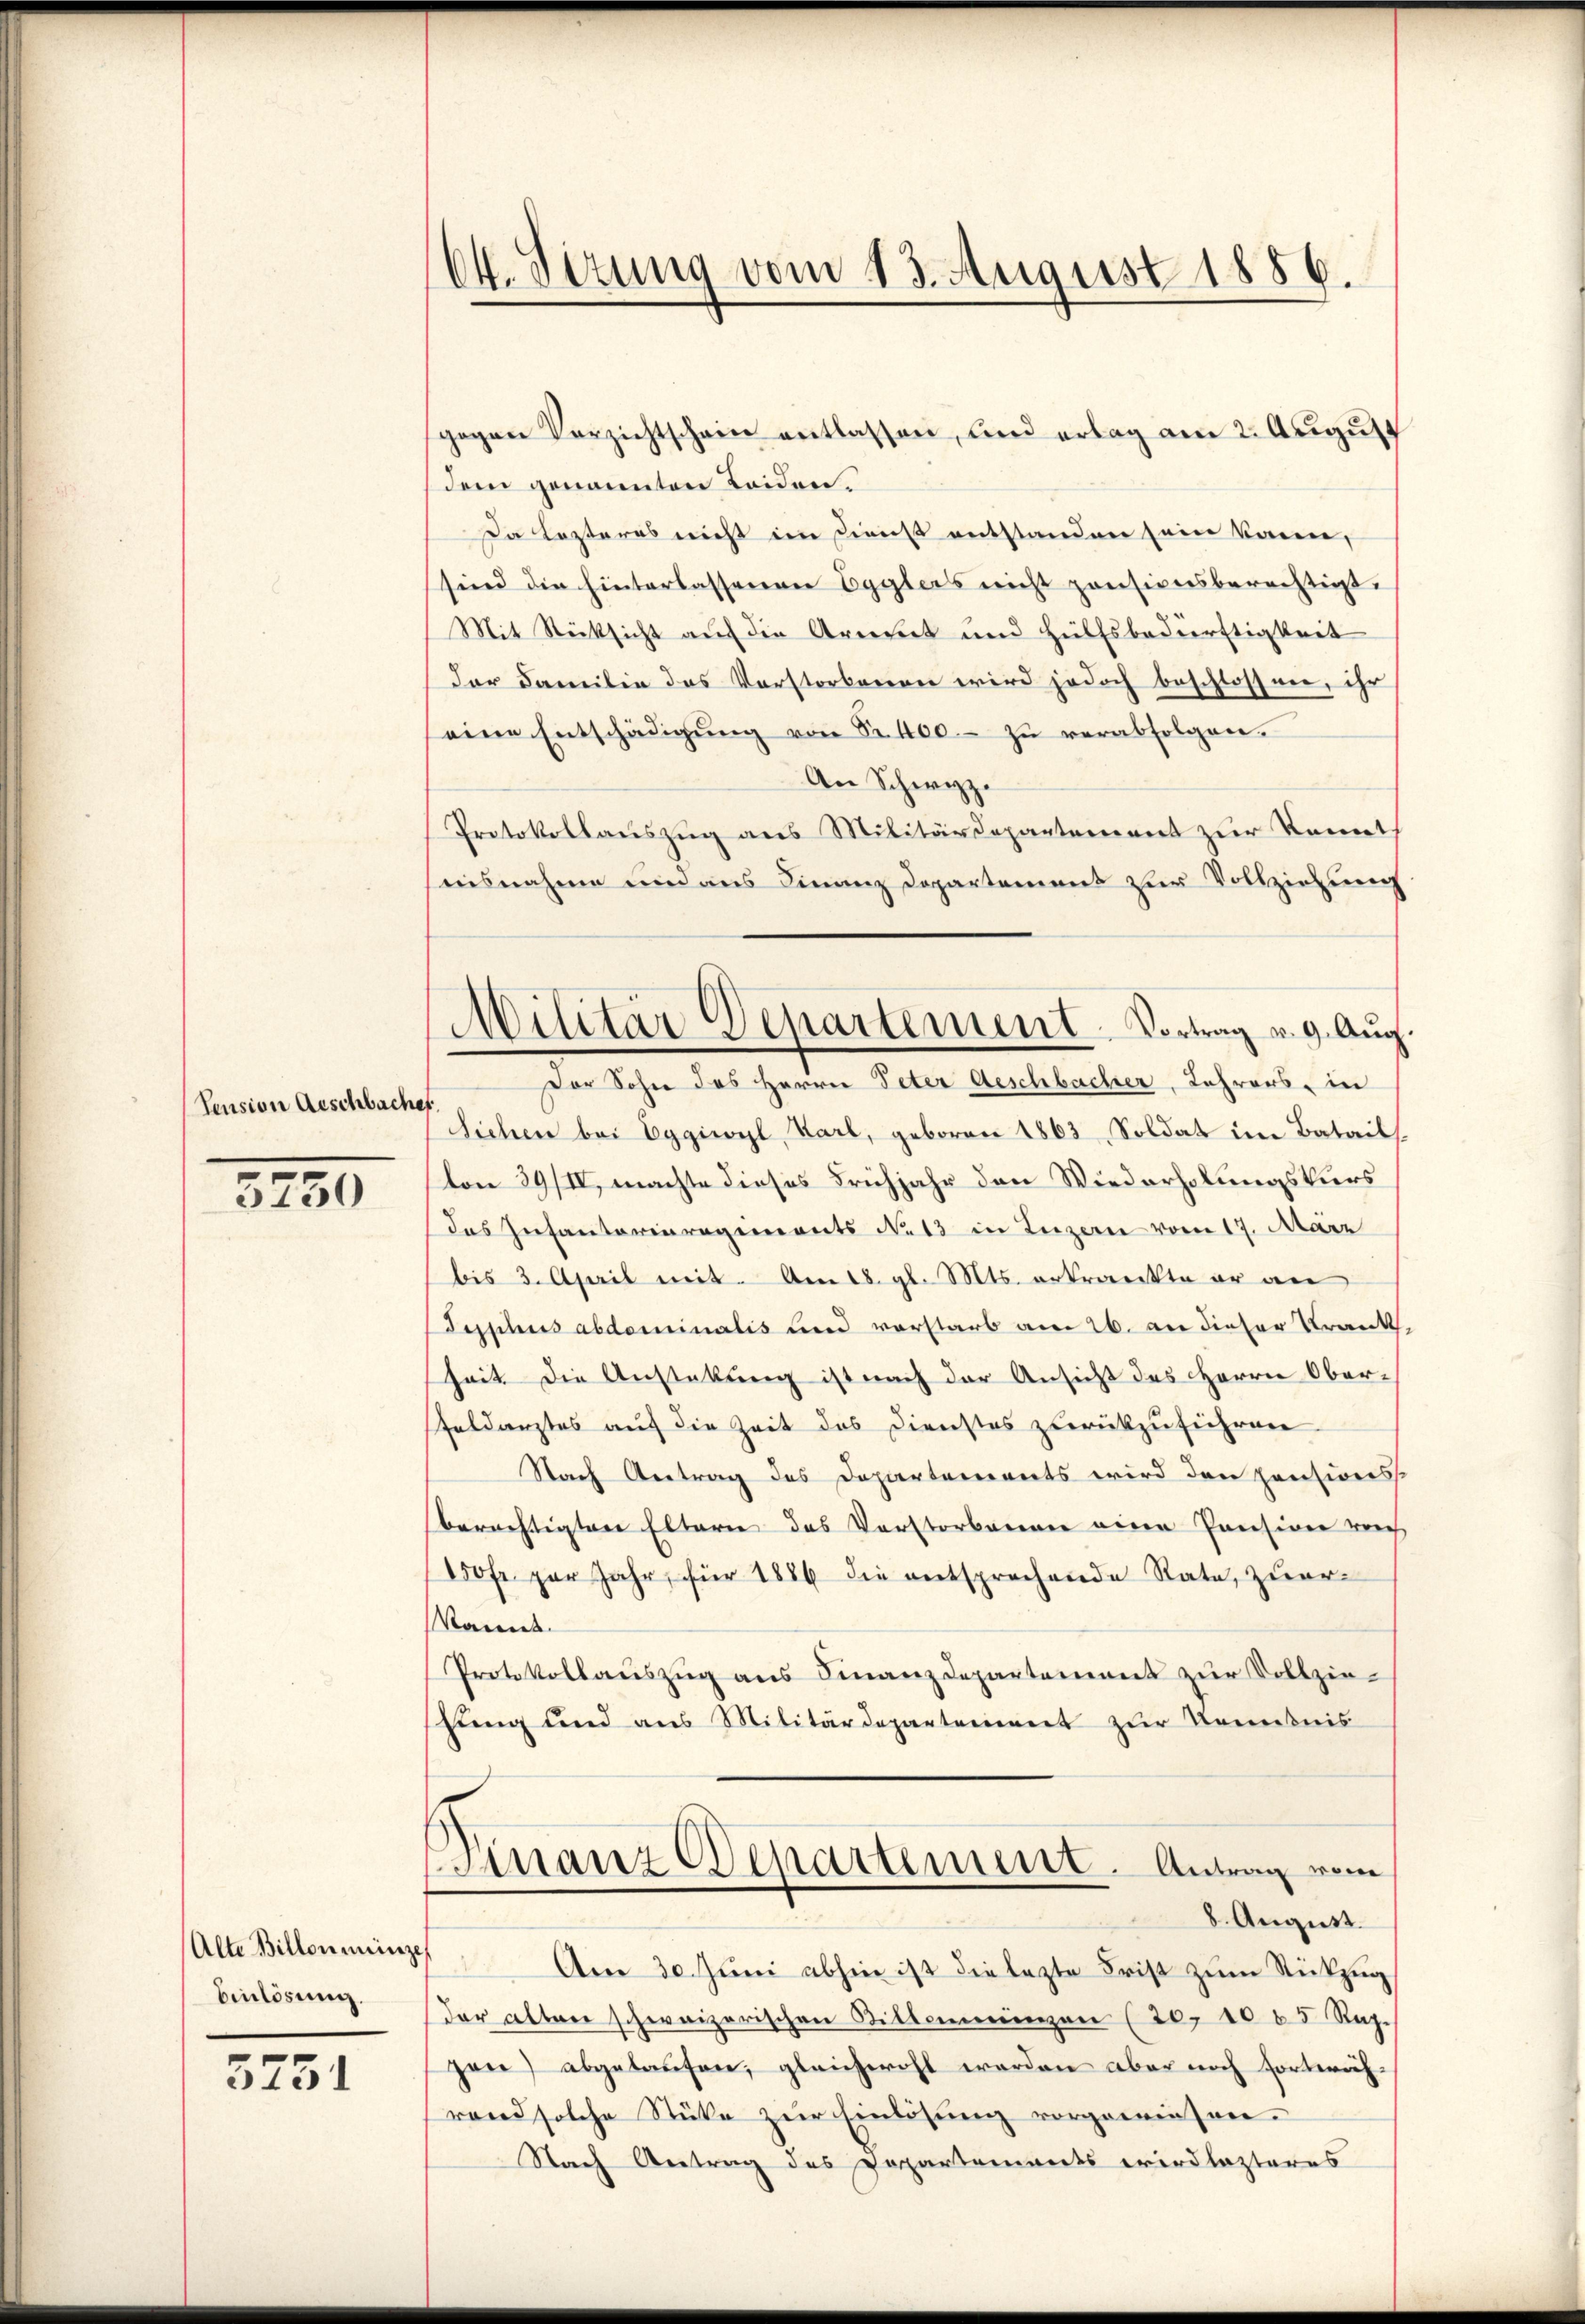
Pension Aeschbache.

3155

Einlösung.

3751

64. Situng vom 13. August 1886.

gegen Verzichtschein entlassen, und erlag am 2. August
(dem genannten Leiden.
Da Lezteres nicht im Dienst entstanden sein könne,
sind die hinterlassenen Egglers nicht pensionsberechtigt.
Mit Rücksicht auf die Armut und Hülfsbedürftigkeit
der Familie das Vorstorbenen wird jedoch beschlossen, ihr
eine Entschädigŭng von Sr. 400.- zŭ verabfolgen.
An Schwyz.
Protokollauszug aus Militärdepartement zur Kennt
aisnahme und aus Finanz Departement zur Vollziehung
Der Sohn das Herrn Peter Aeschbacher, Lehrers, in
Sichen bei Eggiwyl, Karl, geboren 1863, Soldat im Batail
von 89/IV, machte dieses Frühjahr den Wiederholungskurs
das Infantorieregiments No 13 in Luzern vom 17. März
bis 3. April mit. Am 18. gl. Mts. erkrankte er an
Typhus abdominalis und vorstarb am 26. an dieser Krank
heit die Anstattung ist nach der Ansicht des Herrn Oberfeldarztes auf die Zeit des Dienstes zurückzuführen
Nach Antrag des Departements wird den pensionss
berechtigten Eltern des Verstorbenen eine Pension von
0fr. zur Jahr, für 1886 die entsprechende Rate, zuerkannt.
Protokollaŭszŭg ans Finanzdepartement zŭr Vollzie-
fung und ans Militärdepartement zŭr Kenntnis
Finanz Departement. Antrag vom
8. August.
Alte Billonmenge. Am 30. Jŭni abhin ist die lezte Frist zum Rückzug
der alten schweizerischen Bitterienzen (20. 1085 Rp.
gen) abgelaŭfen, gleichwohl werden aber noch forterich.
rand solche Stüke zur Einlösung vorgewiesen.
Nach Antrag des Dapartements wirdlezteres

Militär Departement. Vortrag v. 9. Aŭg.